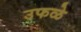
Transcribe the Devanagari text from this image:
उफळे